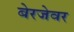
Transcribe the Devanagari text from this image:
बेरजेवर